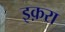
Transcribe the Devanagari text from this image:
इक़रा